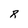
Character: R